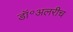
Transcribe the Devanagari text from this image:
डॉ॰अलरीच